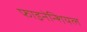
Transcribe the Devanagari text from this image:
फाइनेन्शियल